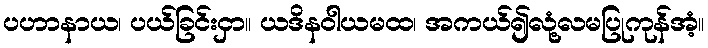
ပဟာနာယ၊ ပယ်ခြင်းငှာ။ ယဒိနဝါယမထ၊ အကယ်၍လုံ့လမပြုကုန်အံ့။